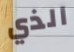
الذي